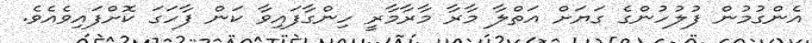
އެންގުމުން ފުލުހުންގެ ގަޔަށް އަތްލާ މާރާ މާރާމާރީ ހިންގާފައިވާ ކަން ފާހަގަ ކޮށްފައިވެއެވެ.